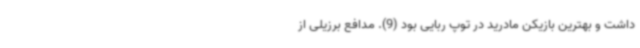
داشت و بهترین بازیکن مادرید در توپ ربایی بود (9). مدافع برزیلی از